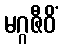
မဂ္ဂဇီဝိံ